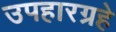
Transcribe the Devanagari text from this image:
उपहारग्रहे